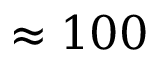
\approx 1 0 0